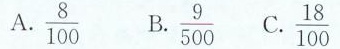
A. \frac{8}{100} B.\frac{9}{500} C.\frac{18}{100}